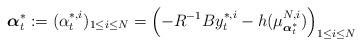
LaTeX: \begin{align*}\boldsymbol{\alpha}_t^*:=(\alpha_t^{*,i})_{1\leq i\leq N}=\left(-R^{-1}By_t^{*,i}-h(\mu^{N,i}_{\boldsymbol{\alpha}^*_t})\right)_{1\leq i\leq N}\end{align*}